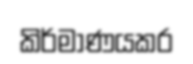
කිර්මාණයකර